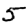
Digit: 5